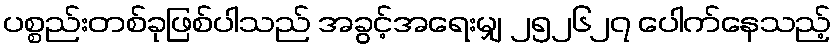
ပစ္စည်းတစ်ခုဖြစ်ပါသည် အခွင့်အရေးမျှ ၂၅၂၆၂၇ ပေါက်နေသည့်